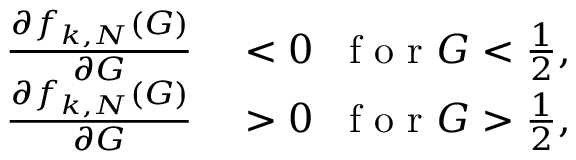
\begin{array} { r l } { \frac { \partial f _ { k , N } ( G ) } { \partial G } } & { { } < 0 \; \; \mathrm { ~ f ~ o ~ r ~ } G < \frac { 1 } { 2 } , } \\ { \frac { \partial f _ { k , N } ( G ) } { \partial G } } & { { } > 0 \; \; \mathrm { ~ f ~ o ~ r ~ } G > \frac { 1 } { 2 } , } \end{array}